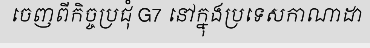
ចេញពីកិច្ចប្រជុំ G7 នៅក្នុងប្រទេសកាណាដា